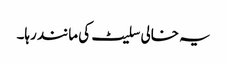
یہ خالی سلیٹ کی مانند رہا۔